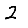
Digit: 2